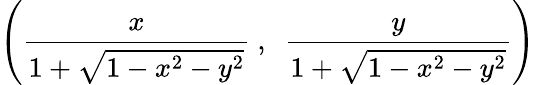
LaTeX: \left({\frac{x}{1+{\sqrt{1-x^{2}-y^{2}}}}}\ ,\ \ {\frac{y}{1+{\sqrt{1-x^{2}-y^{2}}}}}\right)